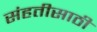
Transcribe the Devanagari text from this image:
संहतीसाठी